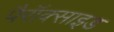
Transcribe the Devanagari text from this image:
पैरॉक्साइड